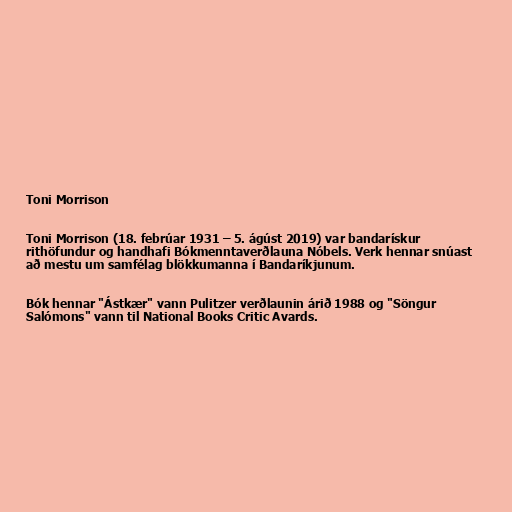
Toni Morrison

Toni Morrison (18. febrúar 1931 – 5. ágúst 2019) var bandarískur
rithöfundur og handhafi Bókmenntaverðlauna Nóbels. Verk hennar snúast
að mestu um samfélag blökkumanna í Bandaríkjunum.

Bók hennar "Ástkær" vann Pulitzer verðlaunin árið 1988 og "Söngur
Salómons" vann til National Books Critic Avards.